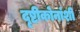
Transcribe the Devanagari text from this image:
दृष्टीकोनांशी